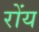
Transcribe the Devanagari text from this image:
रोंय